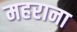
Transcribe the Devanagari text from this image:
महराना